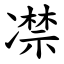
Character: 凚